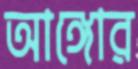
আঙ্গোর